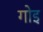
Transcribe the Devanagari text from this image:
गोइ